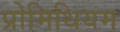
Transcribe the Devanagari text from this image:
प्रोमिथियम